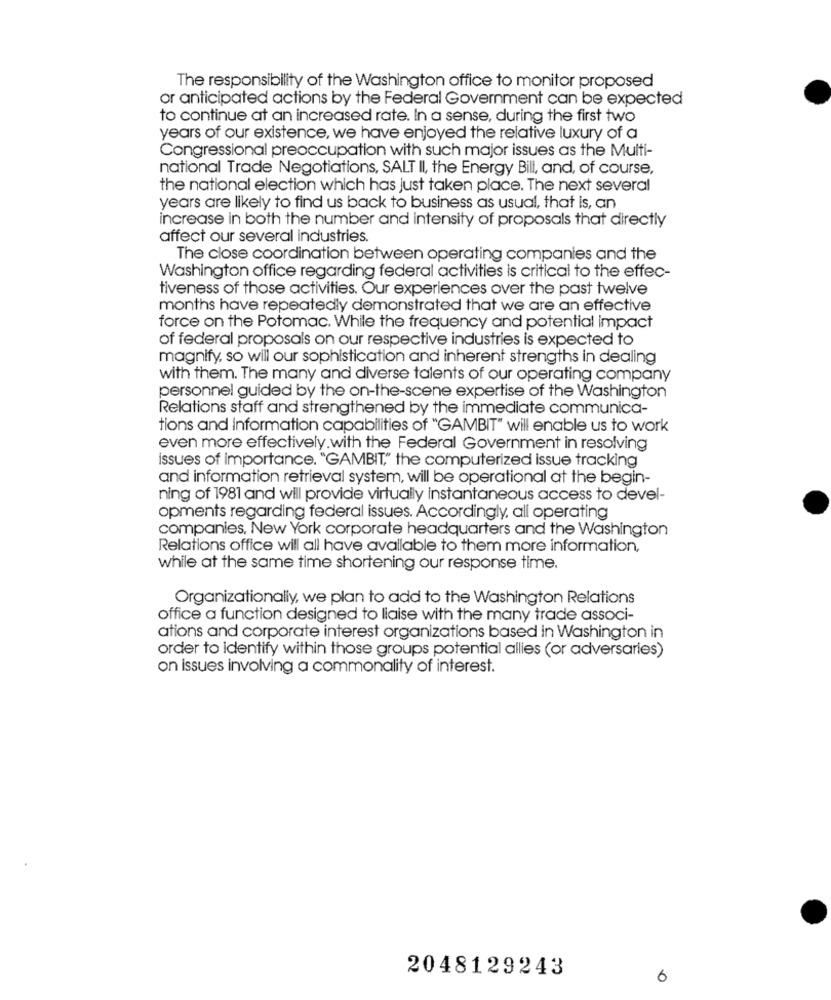
The responsibility of the Washington office to monitor proposed
or anticipated actions by the Federal Government can be expected
to continue at an increased rate. In a sense, during the first two
years of our existence, we have enjoyed the relative luxury of a
Congressional preoccupation with such major issues as the Multi-
national Trade Negotiations, SALT II, the Energy Bill, and, of course,
the national election which has just taken place. The next several
years are likely to find us back to business as usual, that is, an
increase in both the number and intensity of proposals that directly
affect our several industries.
The close coordination between operating companies and the
Washington office regarding federal activities is critical to the effec-
tiveness of those activities. Our experiences over the past twelve
months have repeatedly demonstrated that we are an effective
force on the Potomac. While the frequency and potential impact
of federal proposals on our respective industries is expected to
magnify, so will our sophistication and inherent strengths in dealing
with them. The many and diverse talents of our operating company
personnel guided by the on-the-scene expertise of the Washington
Relations staff and strengthened by the immediate communica-
tions and information capabilities of "GAMBIT" will enable us to work
even more effectively.with the Federal Government in resolving
issues of importance. "GAMBIT," the computerized issue tracking
and information retrieval system, will be operational at the begin-
ning of 1981 and will provide virtually instantaneous access to devel-
opments regarding federal issues. Accordingly, all operating
companies, New York corporate headquarters and the Washington
Relations office will all have available to them more information,
while at the same time shortening our response time.
Organizationally, we plan to add to the Washington Relations
office a function designed to liaise with the many trade associ-
ations and corporate interest organizations based in Washington in
order to Identify within those groups potential allies (or adversaries)
on issues involving a commonality of interest.
2048129243
6